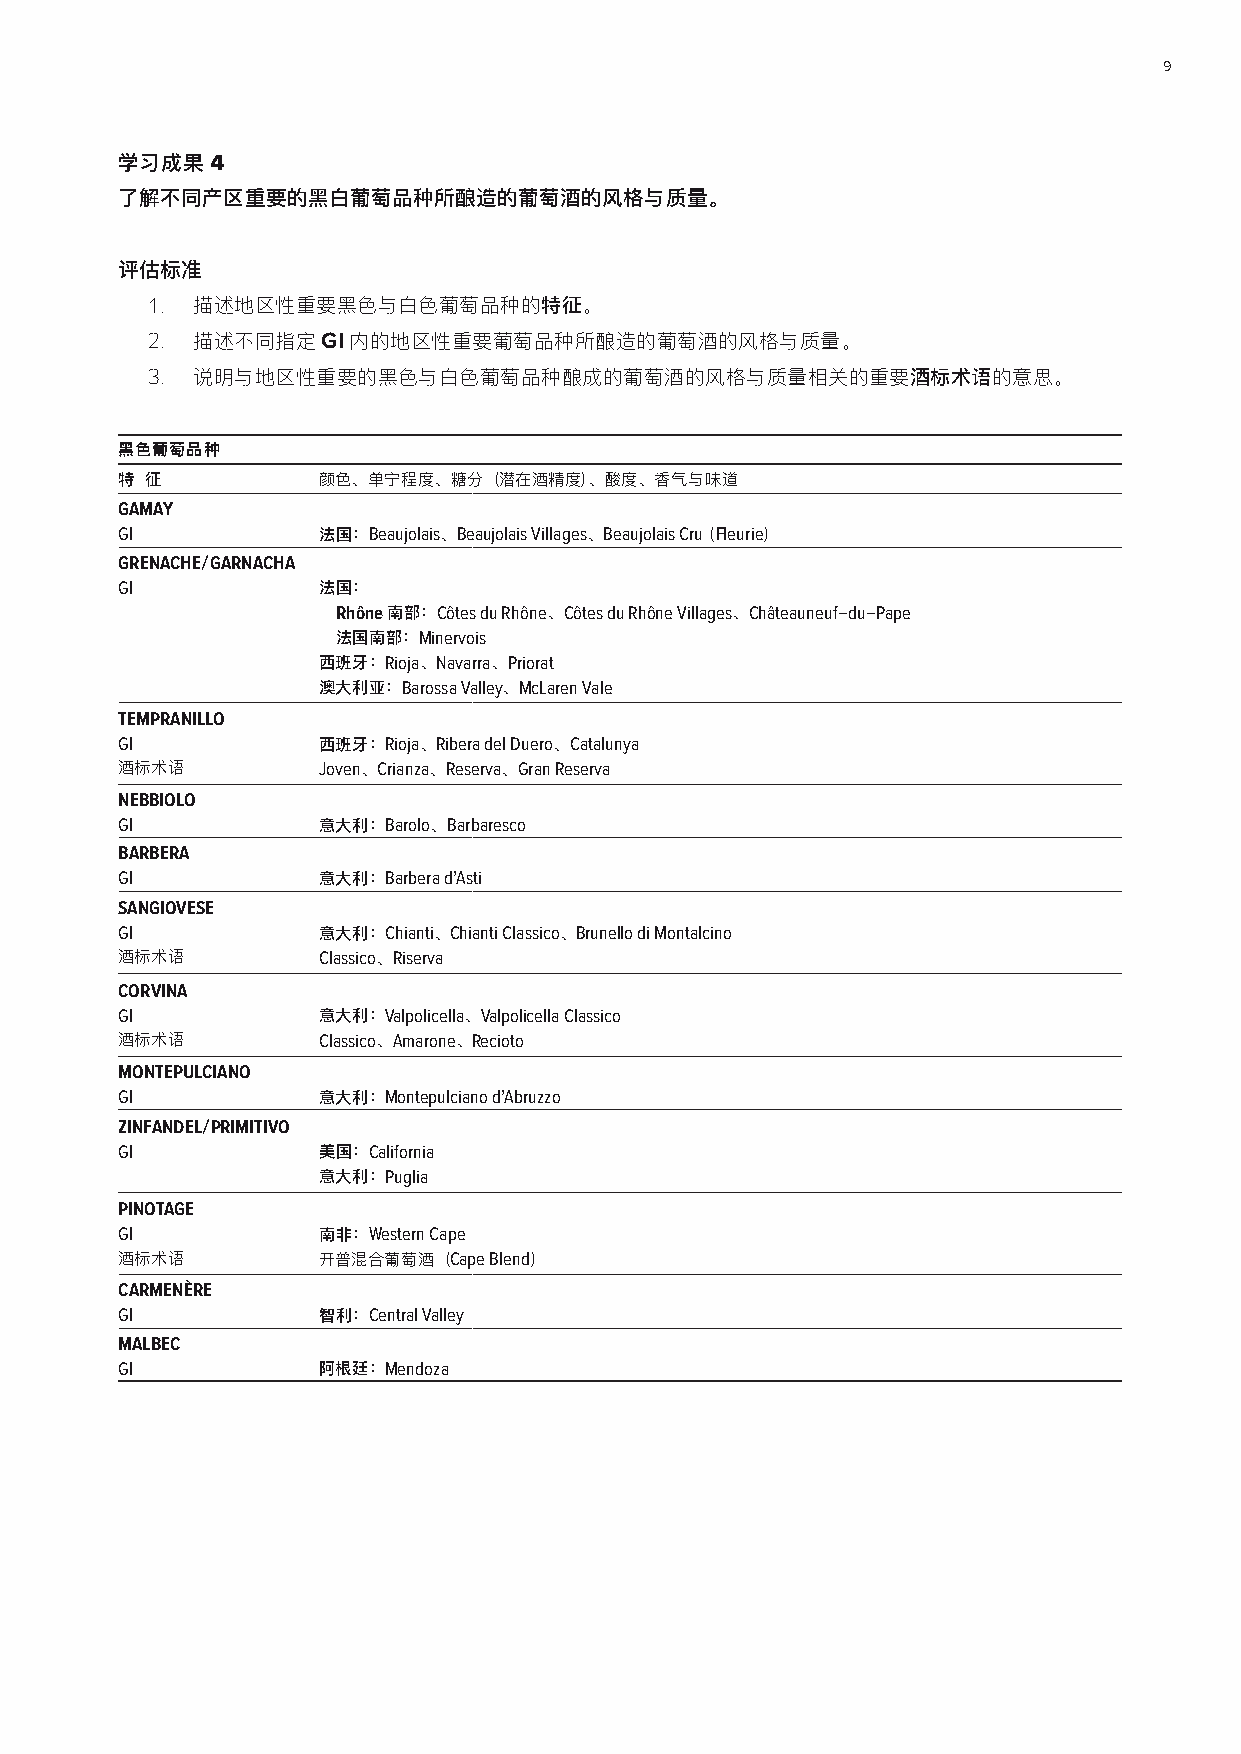
9
 学习成果4
 了解不同产区重要的黑白葡萄品种所酿造的葡萄酒的风格与质量。
 评估标准
 1. 描述地区性重要黑色与白色葡萄品种的特征。
 2. 描述不同指定GI内的地区性重要葡萄品种所酿造的葡萄酒的风格与质量。
 3. 说明与地区性重要的黑色与白色葡萄品种酿成的葡萄酒的风格与质量相关的重要酒标术语的意思。
 黑色葡萄品种
 特 征          颜色、单宁程度、糖分（潜在酒精度）、酸度、香气与味道
 GAMAY
 GI           法国：Beaujolais、Beaujolais Villages、Beaujolais Cru（ Fleurie）
 GRENACHE/GARNACHA
 GI           法国：
 Rhône南部：Côtes du Rhône、Côtes du Rhône Villages、Châteauneuf-du-Pape
 法国南部：Minervois
 西班牙：Rioja、Navarra、Priorat
 澳大利亚：Barossa Valley、McLaren Vale
 TEMPRANILLO
 GI           西班牙：Rioja、Ribera del Duero、Catalunya
 酒标术语         Joven、Crianza、Reserva、Gran Reserva
 NEBBIOLO
 GI           意大利：Barolo、Barbaresco
 BARBERA
 GI           意大利：Barbera d’Asti
 SANGIOVESE
 GI           意大利：Chianti、Chianti Classico、Brunello di Montalcino
 酒标术语         Classico、Riserva
 CORVINA
 GI           意大利：Valpolicella、Valpolicella Classico
 酒标术语         Classico、Amarone、Recioto
 MONTEPULCIANO
 GI           意大利：Montepulciano d’Abruzzo
 ZINFANDEL/PRIMITIVO
 GI           美国：California
 意大利：Puglia
 PINOTAGE
 GI           南非：Western Cape
 酒标术语         开普混合葡萄酒（Cape Blend）
 CARMENÈRE
 GI           智利：Central Valley
 MALBEC
 GI           阿根廷：Mendoza